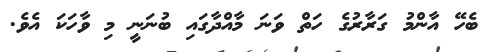
ބެހޭ އާންމު ގަރާރުގެ ހަތް ވަނަ މާއްދާގައި ބުނަނީ މި ވާހަކަ އެވެ.